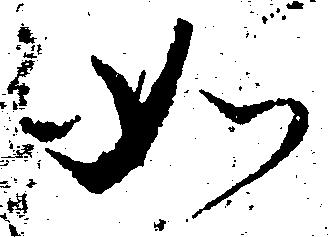
如